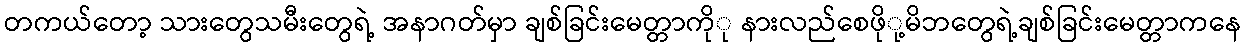
တကယ်တော့ သားတွေသမီးတွေရဲ့ အနာဂတ်မှာ ချစ်ခြင်းမေတ္တာကိုု နားလည်စေဖိုု့မိဘတွေရဲ့ချစ်ခြင်းမေတ္တာကနေ